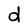
Character: d